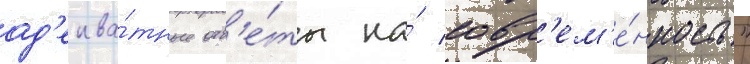
ад'еква́тные отв'е́ты на́ совр'ем'е́нность"